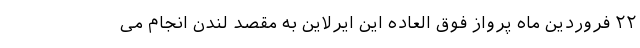
۲۲ فروردین ماه پرواز فوق العاده این ایرلاین به مقصد لندن انجام می